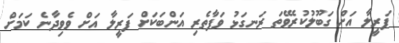
ފަރީލާ އަށް ގަބޫލުކުރެވޭތަ ރަނގަޅު ވަފާތެރި އަންބަކަށް ފަރީލާ އަށް ވެވިދާނެ ކަމަށް